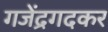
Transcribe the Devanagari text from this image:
गजेंद्रगदकर